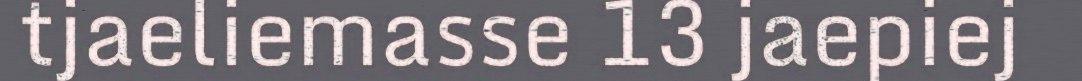
tjaeliemasse 13 jaepiej